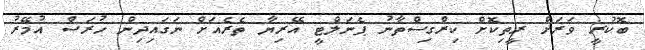
ބޮކުރީ ވަރަށް ރީތިކޮށް ކިރްގިސްތާނު ޕެނަލްޓީ އޭރިޔާ ތެރެއަށް ނަގައިދިން ހުރަސް އުމޭރު